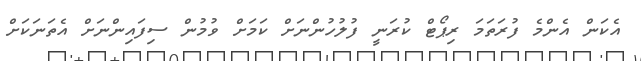
އެކަން އެންމެ ފުރަތަމަ ރިޕޯޓް ކުރަނީ ފުލުހުންނަށް ކަމަށް ވުމުން ސިފައިންނަށް އެތަނަކަށް